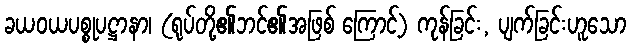
ခယဝယပစ္စုပဋ္ဌာနာ၊ (ရုပ်တို့၏ဘင်၏အဖြစ် ကြောင့်) ကုန်ခြင်း, ပျက်ခြင်းဟူသော